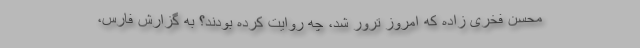
محسن فخری زاده که امروز ترور شد، چه روایت کرده بودند؟ به گزارش فارس،